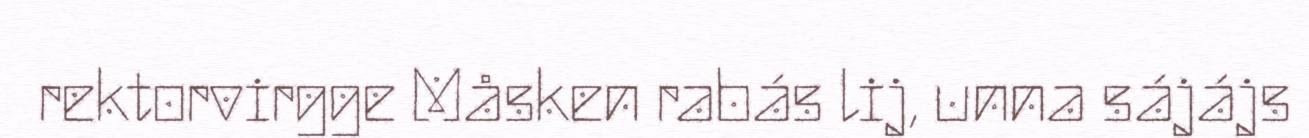
rektorvirgge Måsken rabás lij, unna sájájs